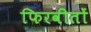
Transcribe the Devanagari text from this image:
फिरवीतों